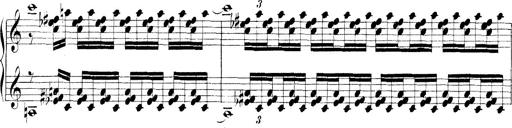
Title: Technische Studien
Composer: Franz Liszt